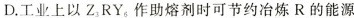
D.工业上以Z_{3}RY_{6}作助熔剂时可节约冶炼R的能源